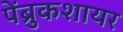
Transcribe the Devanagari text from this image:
पेंब्रुकशायर